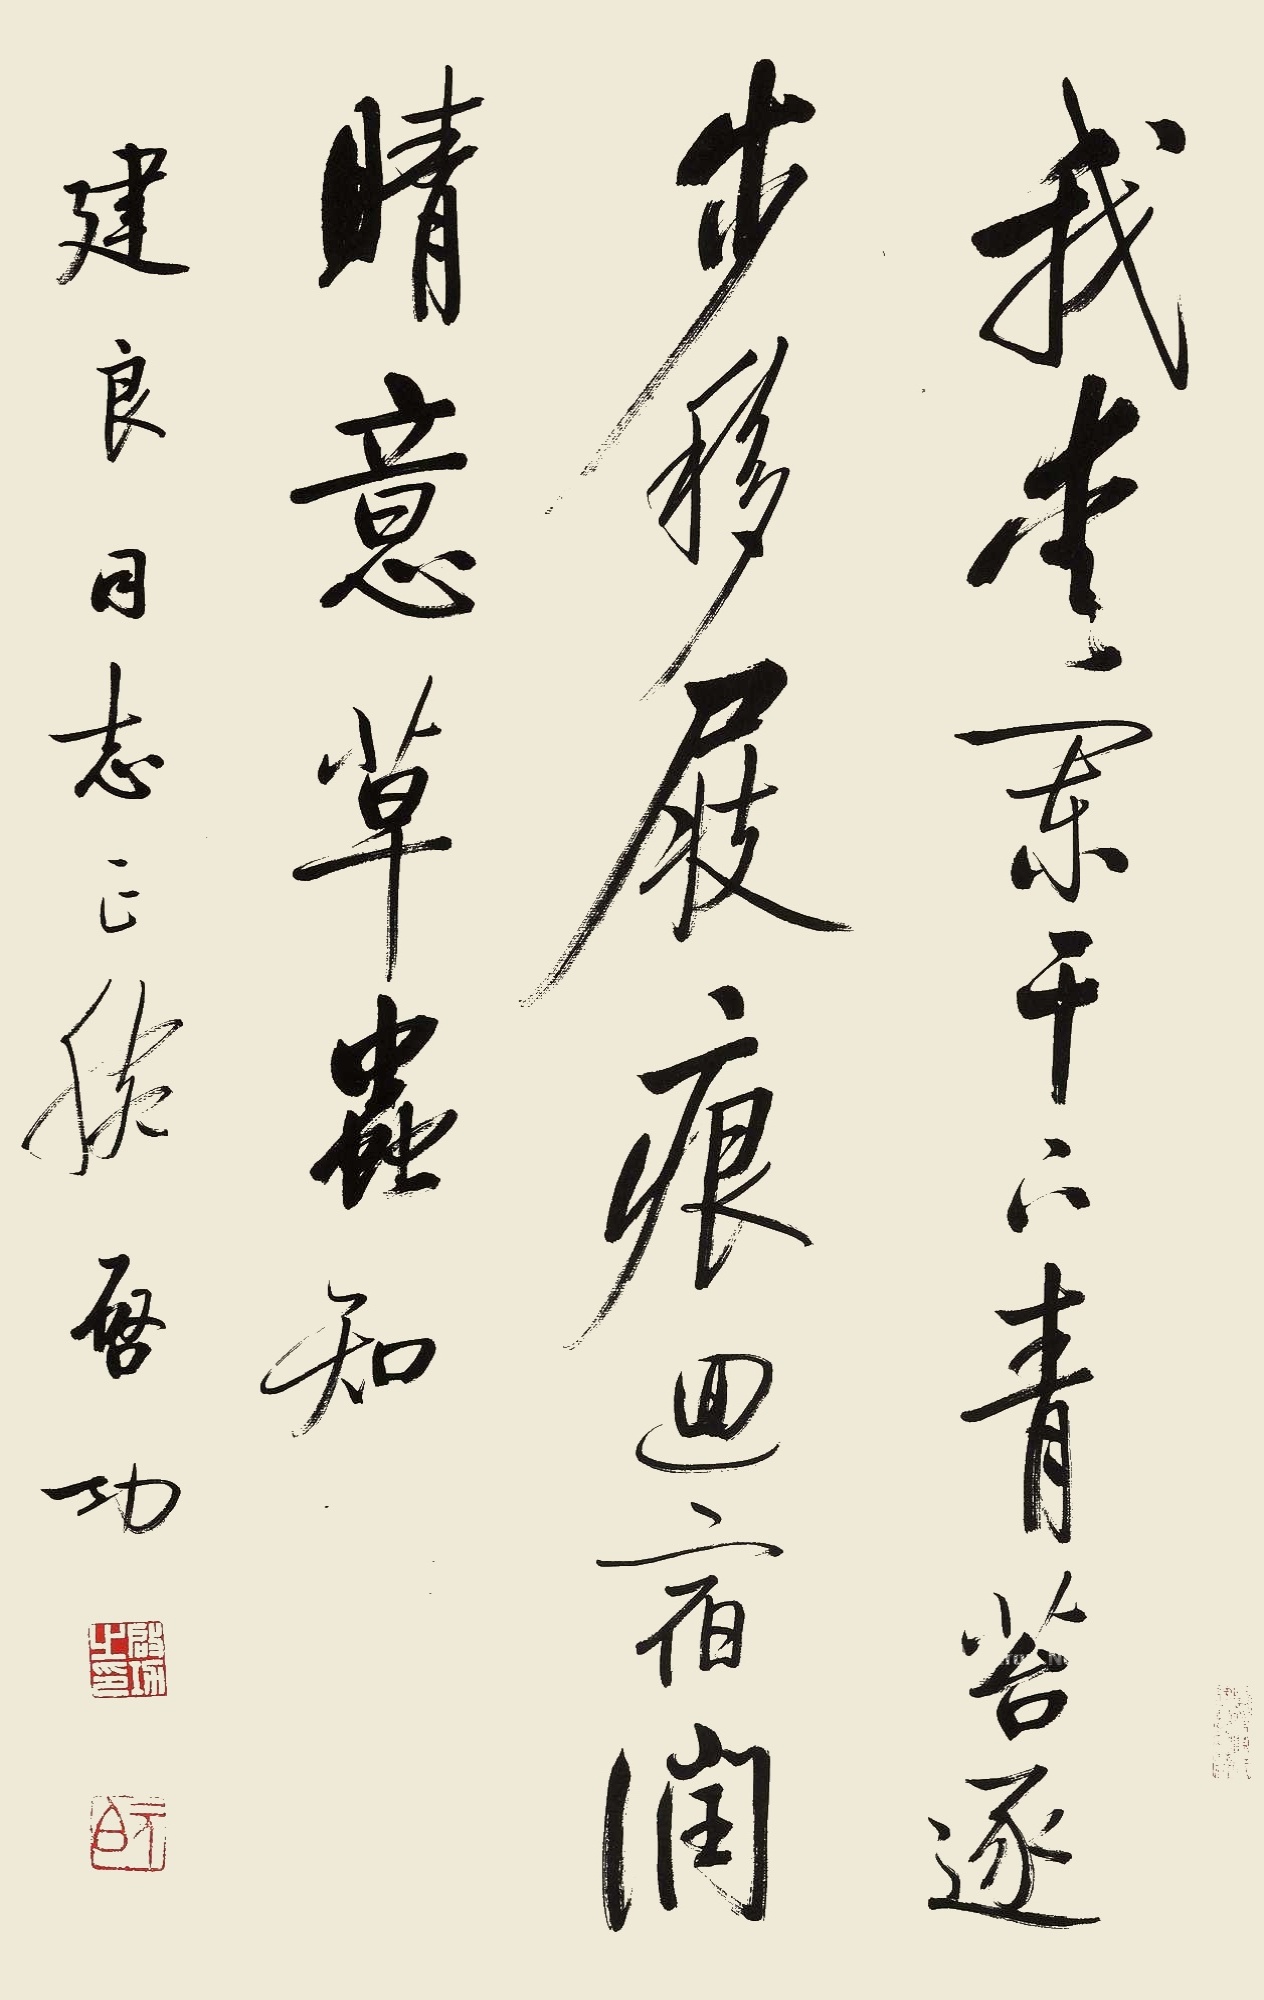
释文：我爱阑干下，青苔逐步移。屐痕回宿润，晴意草虫知。建良同志正腕，启功。